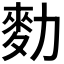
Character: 𪋾